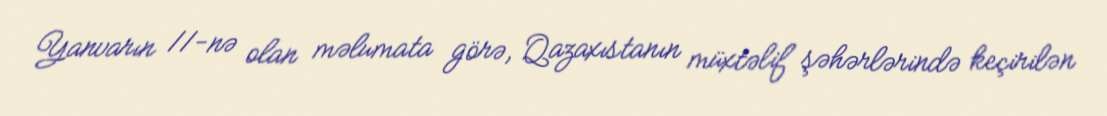
Yanvarın 11-nə olan məlumata görə, Qazaxıstanın müxtəlif şəhərlərində keçirilən